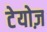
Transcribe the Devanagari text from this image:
टेयोज़